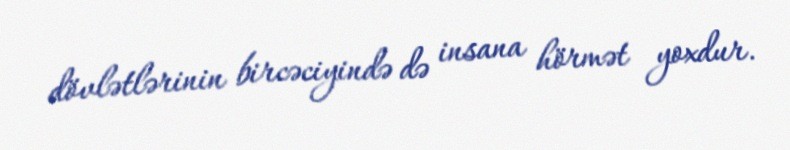
dövlətlərinin bircəciyində də insana hörmət yoxdur.